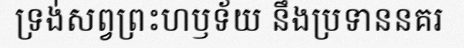
ទ្រង់សព្វព្រះហឫទ័យ នឹងប្រទាននគរ